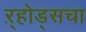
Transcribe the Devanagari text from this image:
ऱ्होड्सचा